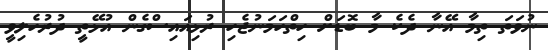
ނުވަތަ ތިމާ އޭނާ ދެކެ މާ ބޮޑަށް ހިތްހަމަނުޖެހި ރުޅިއައިސްގެން އުޅޭތީ ދުރުހެލިވީ